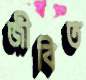
জীবিত